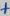
Text: +